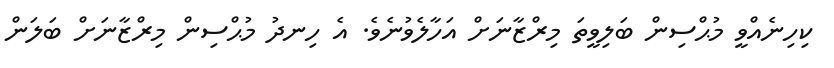
ކިހިނެއްވީ މުޙްސިން ބަލިވީތަ މިރްޒާނަށް އަހާލެވުނެވެ. އެ ހިނދު މުޙްސިން މިރްޒާނަށް ބަލަން